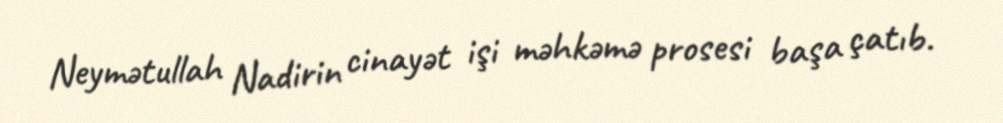
Neymətullah Nadirin cinayət işi məhkəmə prosesi başa çatıb.